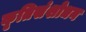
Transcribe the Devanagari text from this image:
कृतिसंशोधन